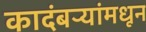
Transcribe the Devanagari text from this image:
कादंबऱ्यांमधून